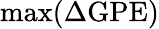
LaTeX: \operatorname*{max}(\Delta\mathrm{GPE})